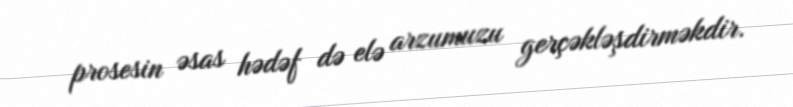
prosesin əsas hədəf də elə arzumuzu gerçəkləşdirməkdir.